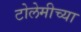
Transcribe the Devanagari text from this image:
टोलेमीच्या